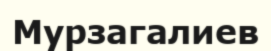
Мурзагалиев